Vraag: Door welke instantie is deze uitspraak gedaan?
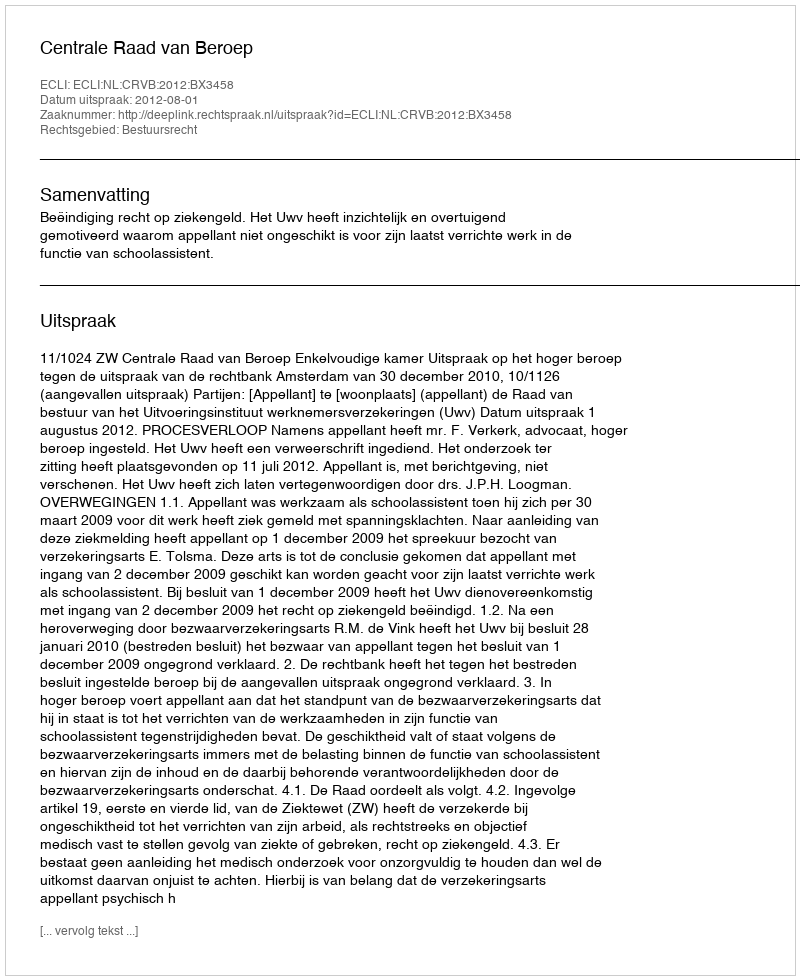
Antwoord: Centrale Raad van Beroep